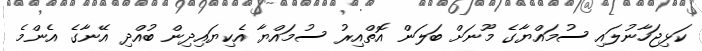
ކަޅިޖަހާނުލައި ސުމައްޔާގެ މޫނަށް ބަލަން އޮތްއިރު ސުމައްޔާ އެކިޔައިދިން ބުއްދި އޭނާގެ އެންމެ